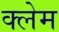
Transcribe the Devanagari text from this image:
क्‍लेम